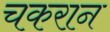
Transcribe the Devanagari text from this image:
चकरान